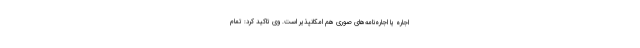
اجاره یا اجاره‌نامه‌های صوری هم امکانپذیر است. وی تاکید کرد: تمام